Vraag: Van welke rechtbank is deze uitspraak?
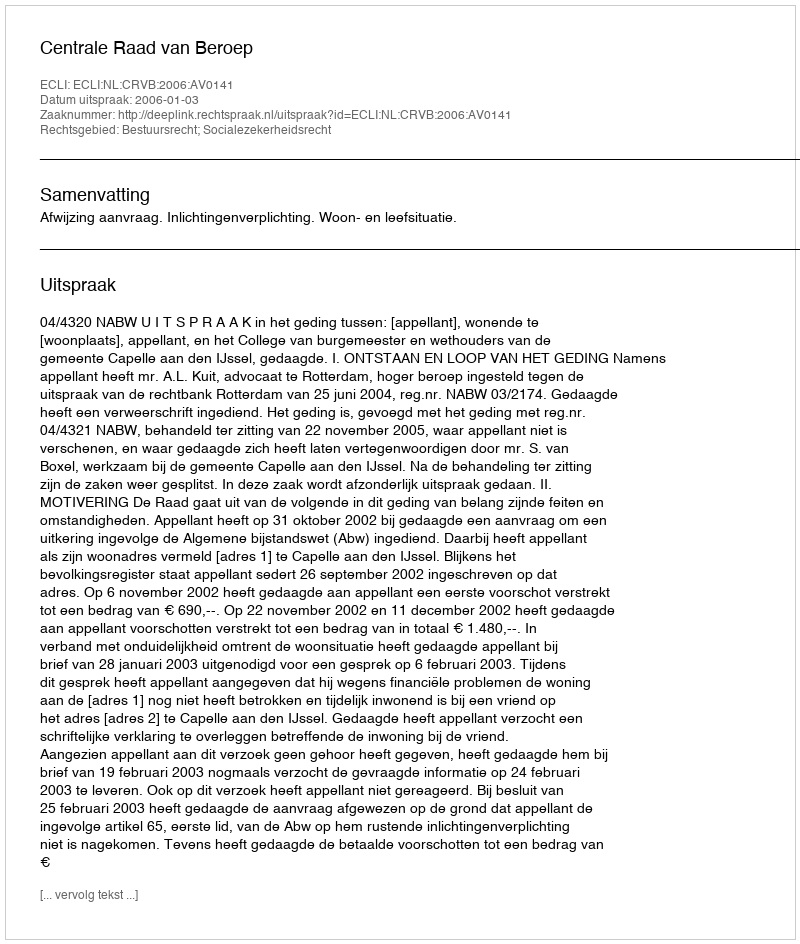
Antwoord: Centrale Raad van Beroep